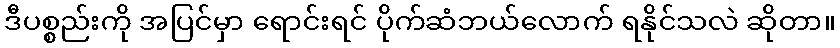
ဒီပစ္စည်းကို အပြင်မှာ ရောင်းရင် ပိုက်ဆံဘယ်လောက် ရနိုင်သလဲ ဆိုတာ။